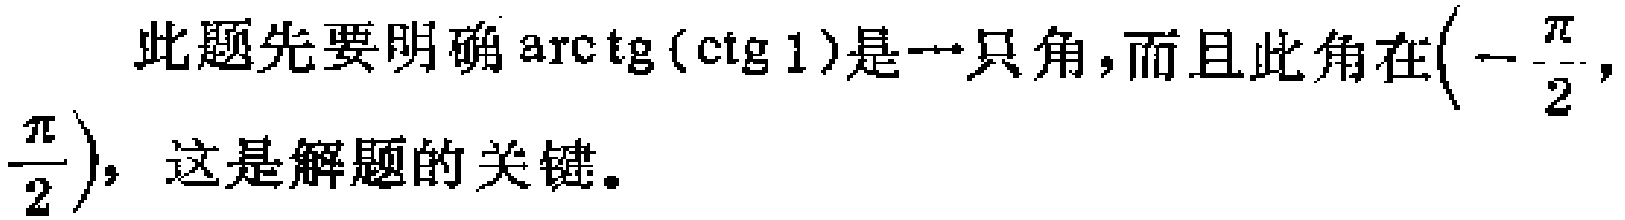
此题先要明确$\mathrm{arctg}(\mathrm{ctg}\,1)$是一只角，而且此角在$\left(-\dfrac{\pi}{2},\dfrac{\pi}{2}\right)$，这是解题的关键。